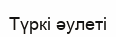
Түркі әулеті